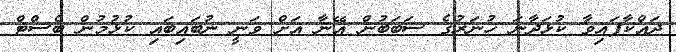
ދައްކާފައިވާ ކުޅަދާނަ ހުނަރުގެ ސަބަބުން އޭނާ އަށް ވަނީ ނުބައިބައި ކުޅުމުން ބެސްޓް